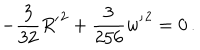
- \frac { 3 } { 3 2 } { R ^ { \prime } } ^ { 2 } + \frac { 3 } { 2 5 6 } { w ^ { \prime } } ^ { 2 } = 0 \, .